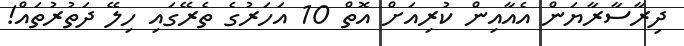
ދިރާސާރާޔަން އެއާއިން ކުރިއަށް އޮތް 10 އަހަރުގެ ތެރޭގައި ހިލޭ ދަތުރުތައް!